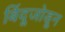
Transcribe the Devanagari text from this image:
बिंदूजोडून